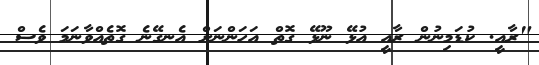
"ރާއީ. ކުޑަމިނުން ރާއީ އުޅޭ ނޫޅޭ ގޮތް އަހަންނަށް އެނގޭނެ ގޮތެއްވާނަމަ ވެސް